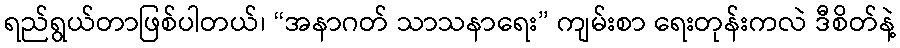
ရည်ရွယ်တာဖြစ်ပါတယ်၊ “အနာဂတ် သာသနာရေး” ကျမ်းစာ ရေးတုန်းကလဲ ဒီစိတ်နဲ့